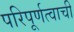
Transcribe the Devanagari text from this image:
परिपूर्णत्वाची